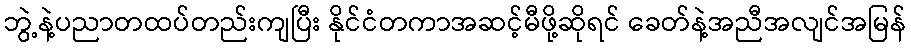
ဘွဲ့နဲ့ပညာတထပ်တည်းကျပြီး နိုင်ငံတကာအဆင့်မီဖို့ဆိုရင် ခေတ်နဲ့အညီအလျင်အမြန်